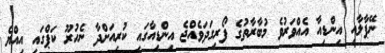
ނޭޕާލާއި އިންޑިއާ އެއްވަރުވެ މުބާރާތުގެ ފޯރިގަދަވެއްޖެ އިންޑިއާގައި ކުރިއަށްދާ ނެހުރޫ ކަޕްގައި އިއްޔެ